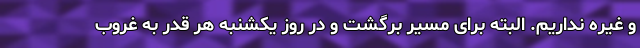
و غیره نداریم. البته برای مسیر برگشت و در روز یکشنبه هر قدر به غروب